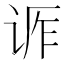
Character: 𬣶